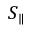
S _ { \parallel }